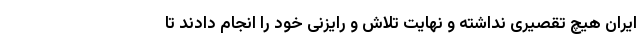
ایران هیچ تقصیری نداشته و نهایت تلاش و رایزنی خود را انجام دادند تا